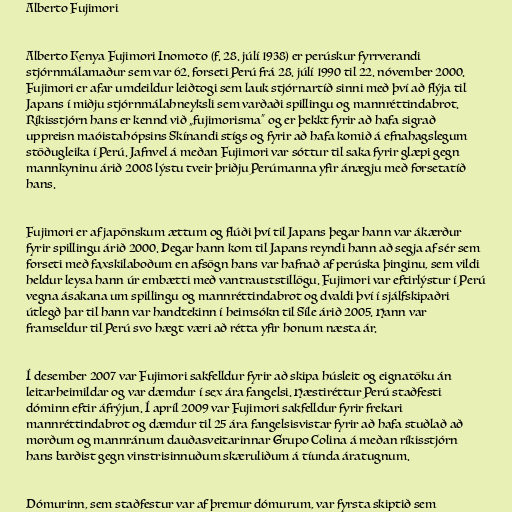
Alberto Fujimori

Alberto Kenya Fujimori Inomoto (f. 28. júlí 1938) er perúskur fyrrverandi
stjórnmálamaður sem var 62. forseti Perú frá 28. júlí 1990 til 22. nóvember 2000.
Fujimori er afar umdeildur leiðtogi sem lauk stjórnartíð sinni með því að flýja til
Japans í miðju stjórnmálahneyksli sem varðaði spillingu og mannréttindabrot.
Ríkisstjórn hans er kennd við „fujimorisma“ og er þekkt fyrir að hafa sigrað
uppreisn maóistahópsins Skínandi stígs og fyrir að hafa komið á efnahagslegum
stöðugleika í Perú. Jafnvel á meðan Fujimori var sóttur til saka fyrir glæpi gegn
mannkyninu árið 2008 lýstu tveir þriðju Perúmanna yfir ánægju með forsetatíð
hans.

Fujimori er af japönskum ættum og flúði því til Japans þegar hann var ákærður
fyrir spillingu árið 2000. Þegar hann kom til Japans reyndi hann að segja af sér sem
forseti með faxskilaboðum en afsögn hans var hafnað af perúska þinginu, sem vildi
heldur leysa hann úr embætti með vantrauststillögu. Fujimori var eftirlýstur í Perú
vegna ásakana um spillingu og mannréttindabrot og dvaldi því í sjálfskipaðri
útlegð þar til hann var handtekinn í heimsókn til Síle árið 2005. Hann var
framseldur til Perú svo hægt væri að rétta yfir honum næsta ár.

Í desember 2007 var Fujimori sakfelldur fyrir að skipa húsleit og eignatöku án
leitarheimildar og var dæmdur í sex ára fangelsi. Hæstiréttur Perú staðfesti
dóminn eftir áfrýjun. Í apríl 2009 var Fujimori sakfelldur fyrir frekari
mannréttindabrot og dæmdur til 25 ára fangelsisvistar fyrir að hafa stuðlað að
morðum og mannránum dauðasveitarinnar Grupo Colina á meðan ríkisstjórn
hans barðist gegn vinstrisinnuðum skæruliðum á tíunda áratugnum.

Dómurinn, sem staðfestur var af þremur dómurum, var fyrsta skiptið sem